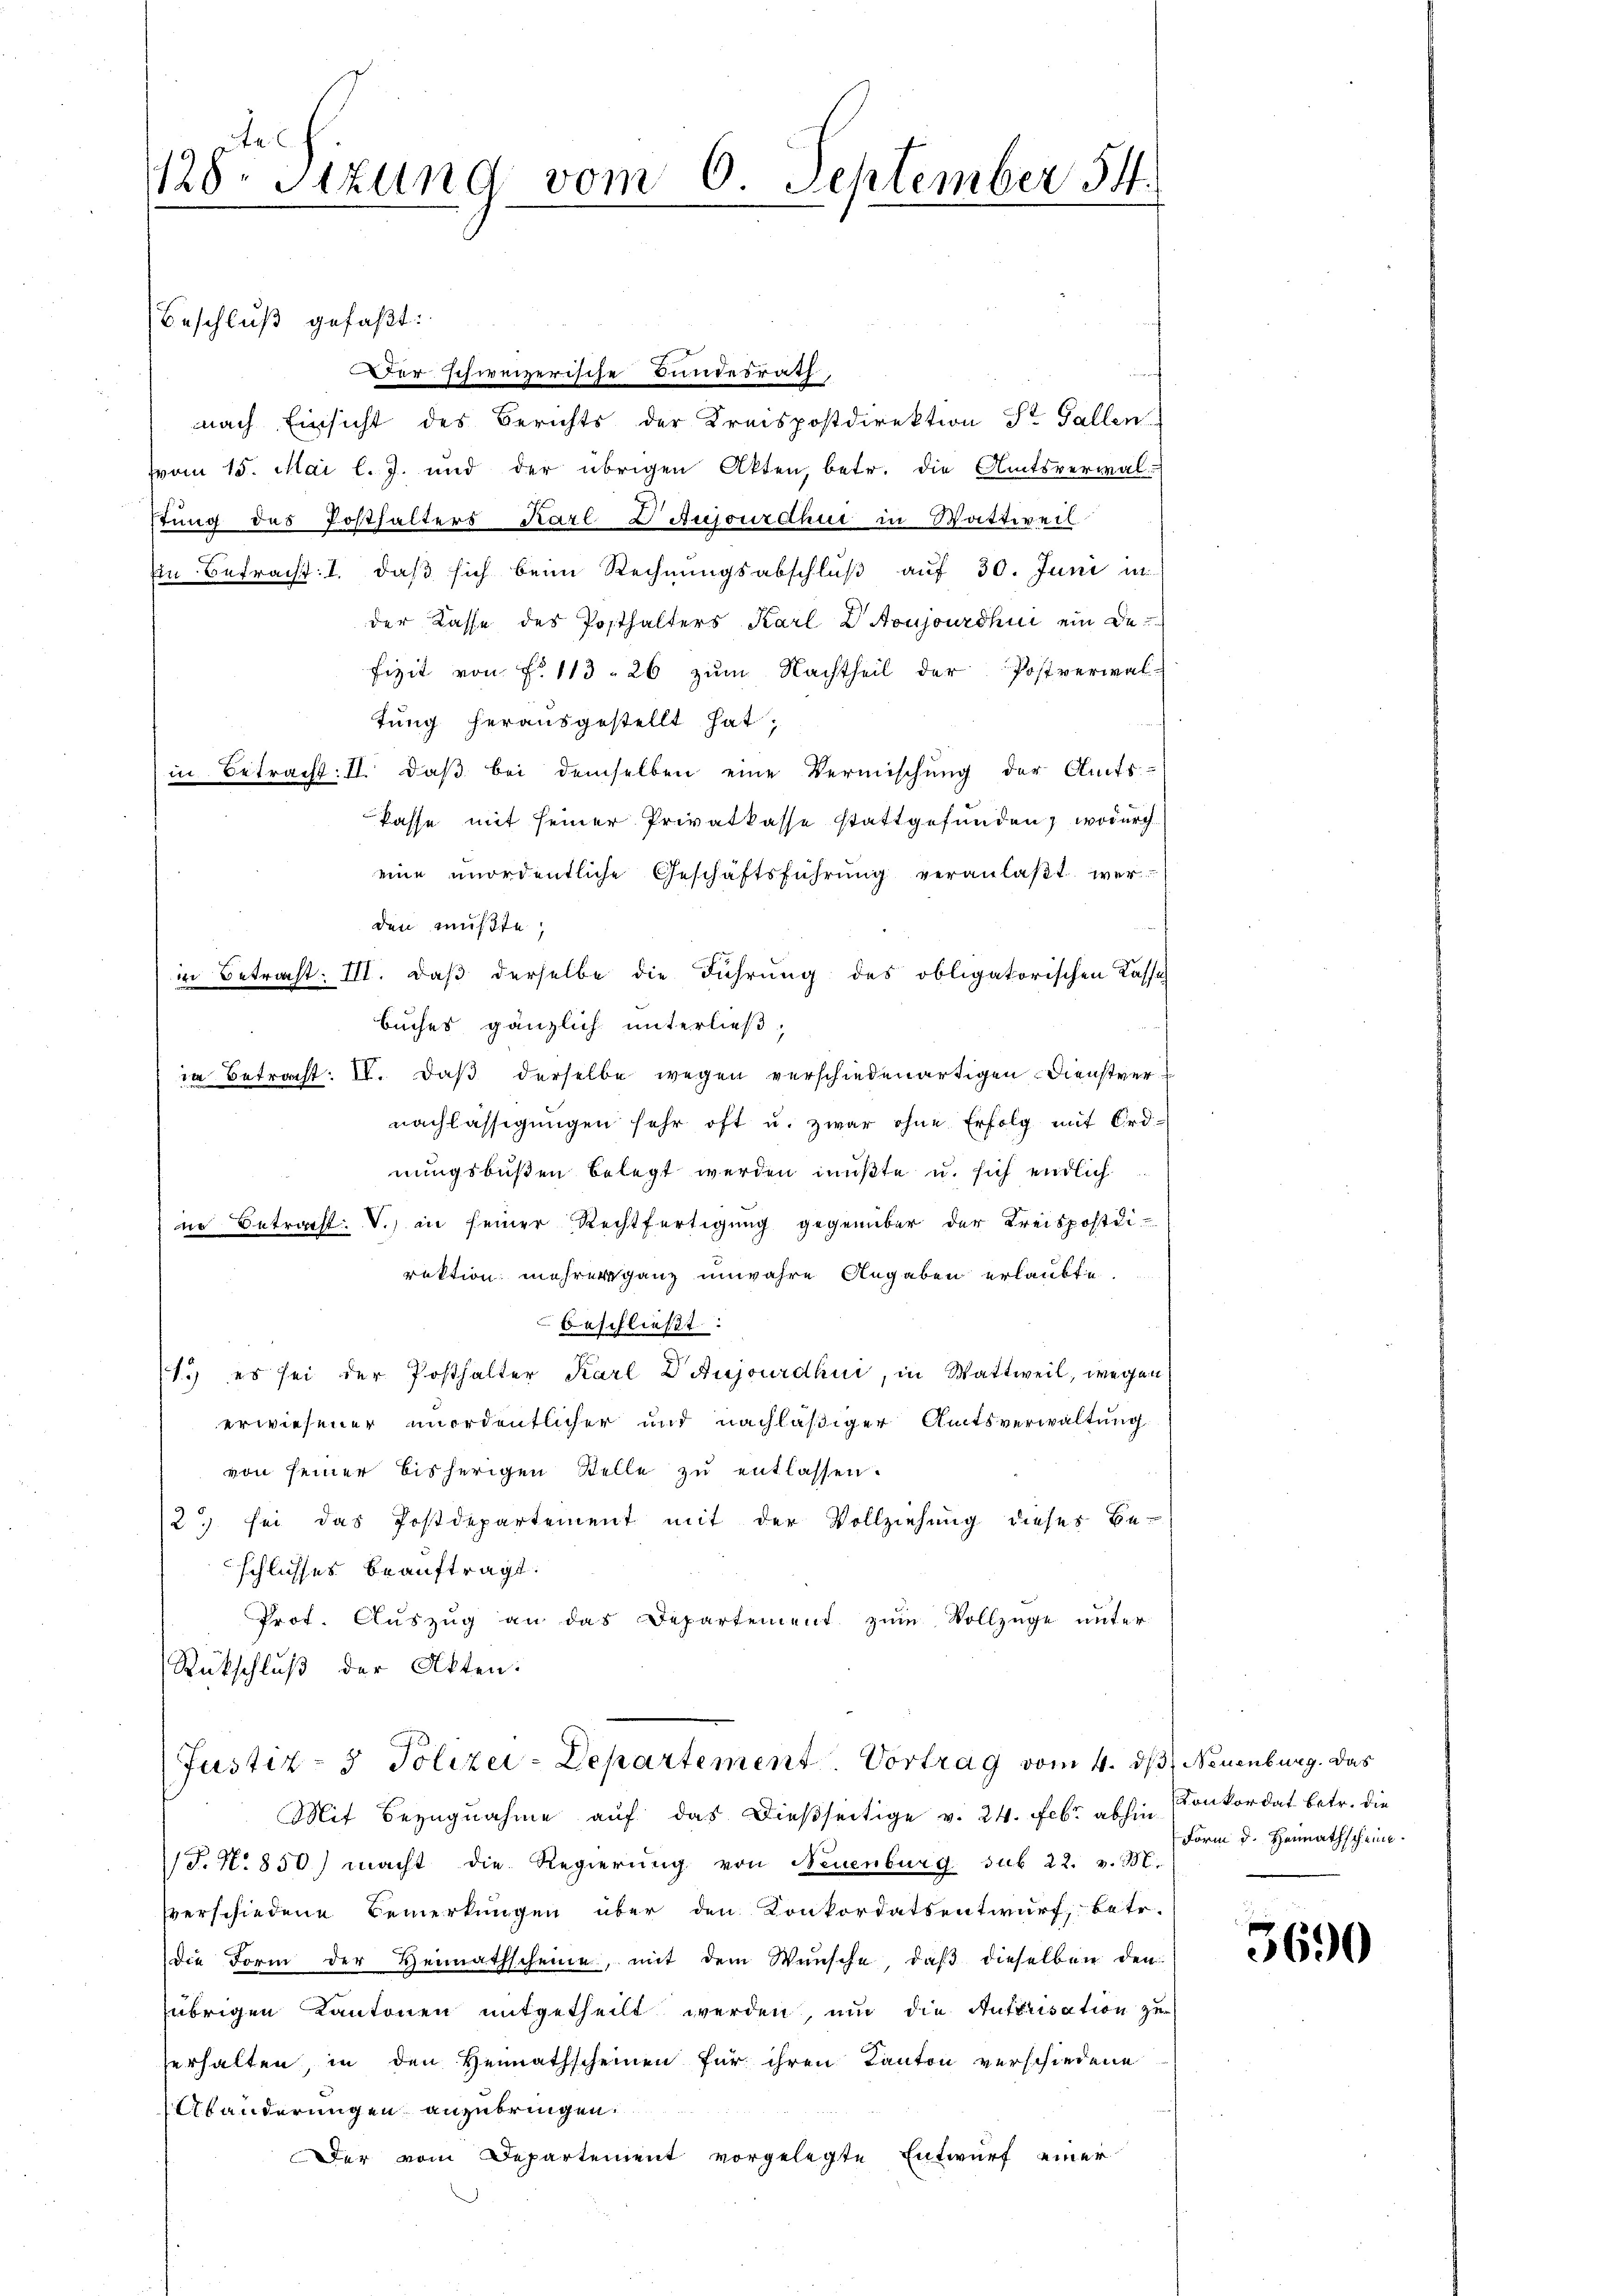
te
128. Sitzung vom 6. September 54.

Beschluß gefaßt:
nach Einsicht des Berichts der Kreispostdirektion St. Gallen
vom 15. Mai l. J. und der übrigen Akten, betr. die Amtsverwal-
stung des Posthalters Karl DAujourdhui in Wattweil
Ein Betracht: 1. daß sich beim Rechnungsabschluß auf 30. Juni in
der Kasse des Posthalters Karl D Aoujourdhin ein Defizit von Fr. 113. 26 zum Nachtheil der Postverwal-
tung herausgestellt hat,
in Betracht: I. daβ bei demselben eine Vermischŭng der Amts-
kasse mit seiner Privatkasse stattgefunden, wodurch
eine unordentliche Geschäftsführung veranlaßt wer-
den mußte,
in Betracht. III. daß derselbe die Führung des obligatorischen Kassa
Buches gänzlich unterließ,
in Betracht: IV. daβ derselbe wegen verschiedenartigen Dienstvernachlässigungen sehr oft u. zwar ohne Erfolg mit Erdnungsbußen belegt werden müßte u. sich endlich
ne Betracht: V.) in seiner Rechtfertigung gegenüber der Kreispostdirektion mehrer ganz unwahre Angaben erlaubte.
beschließt:
1.) es sei der Posthalter Karl Vaujourdhui, in Wattweil, wegen
erwiesener unordentlicher und nachläßiger Amtsverwaltung
von seiner bisherigen Stelle zu entlassen.
2) sei das Postdepartement mit der Vollziehung dieses Be-
schlisses beauftragt.
Prot. Aŭszŭg an das Departement zŭm Vollzüge unter
Rückschluß der Akten:

Der schweizerische Fundesrath

Justiz- & Polizei-Departement Vortrag vom 4. ds Neuenburg. Das

Mit Bezugnahme auf das dießseitige v. 24. Febr. abhin Konkordat betr. die
S.N. 850) macht die Regierŭng von Neuenburg sub 22. v. M.
verschiedene Bemerkungen über den Konkordatsentwurf, betr.
die Form der Heimathscheine, mit dem Wünsche, daß dieselben den
übrigen Kantonen mitgetheilt werden, und die Autorisation zu
serhalten, in den Heimathscheinen für ihren Kanton verschiedene
Ständerungen anzubringen.
Der vom Departement vorgelegte Entwurf einer

Form d. Heimathscheine

3690